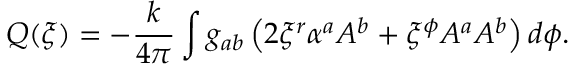
Q ( \xi ) = - { \frac { k } { 4 \pi } } \int g _ { a b } \left( 2 \xi ^ { r } \alpha ^ { a } A ^ { b } + \xi ^ { \phi } A ^ { a } A ^ { b } \right) d \phi .